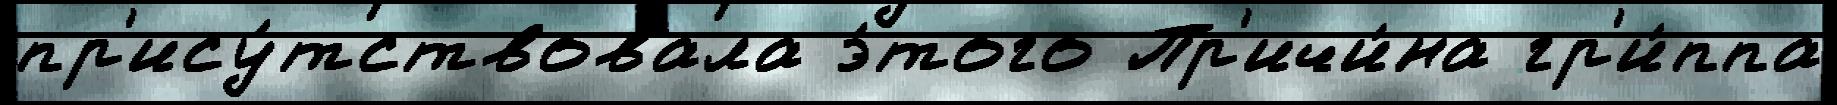
пр'ису́тствовала э́того Пр'ичи́на гр'и́ппа